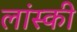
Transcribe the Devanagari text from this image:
लांस्की